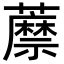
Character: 𧂷